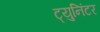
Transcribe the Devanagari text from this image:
ट्युनिंटर